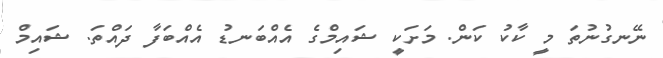
ނޭނގުނުތަ މީ ކާކު ކަން. މަށަކީ ޝައިމްގެ އެއްބަނޑު އެއްބަފާ ދައްތަ. ޝައިމް